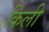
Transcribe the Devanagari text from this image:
किली